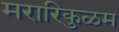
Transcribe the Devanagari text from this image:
मरारिकुळम